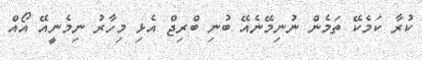
ކުރާ ކަމެކޭ ތަމެން ނުނިމޭނެއޭ ބުނި ބްރިޖް އެޅި މިހާރު ނިމެނީއޭ އޯއް